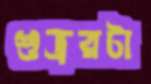
শুভ্ররটা